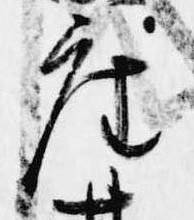
座